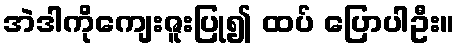
အဲဒါကိုကျေးဇူးပြု၍ ထပ် ပြောပါဦး။